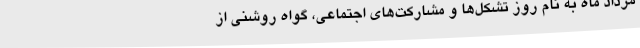
مرداد ماه به نام روز تشکل‌ها و مشارکت‌های اجتماعی، گواه روشنی از